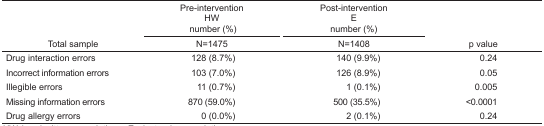
|  | Pre-interventionHW number (%) | Post-interventionE number (%) |  |
 | Total sample | N=1475 | N=1408 | p value |
 | --- | --- | --- | --- |
 | Drug interaction errors | 128 (8.7%) | 140 (9.9%) | 0.24 |
 | Incorrect information errors | 103 (7.0%) | 126 (8.9%) | 0.05 |
 | Illegible errors | 11 (0.7%) | 1 (0.1%) | 0.005 |
 | Missing information errors | 870 (59.0%) | 500 (35.5%) | <0.0001 |
 | Drug allergy errors | 0 (0.0%) | 2 (0.1%) | 0.24 |